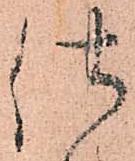
仕